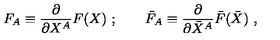
F _ { A } \equiv \frac { \partial } { \partial X ^ { A } } F ( X ) \ ; \qquad \bar { F } _ { A } \equiv \frac { \partial } { \partial \bar { X } ^ { A } } \bar { F } ( \bar { X } ) \ ,